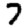
Digit: 7